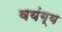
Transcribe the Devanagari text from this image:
वयंग्य